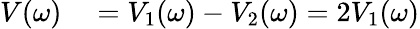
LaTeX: \begin{array}{rl}{V(\omega)}&{{}=V_{1}(\omega)-V_{2}(\omega)=2V_{1}(\omega)}\end{array}